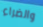
والضراء